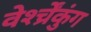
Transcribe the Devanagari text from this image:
वेर्श्च्रेंकुंग